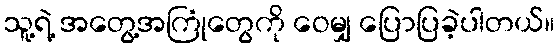
သူ့ရဲ့ အတွေ့အကြုံတွေကို ဝေမျှ ပြောပြခဲ့ပါတယ်။